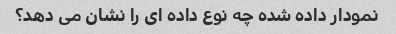
نمودار داده شده چه نوع داده ای را نشان می دهد؟